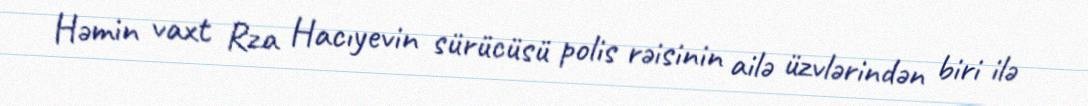
Həmin vaxt Rza Hacıyevin sürücüsü polis rəisinin ailə üzvlərindən biri ilə